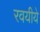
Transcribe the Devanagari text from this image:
रवयीये